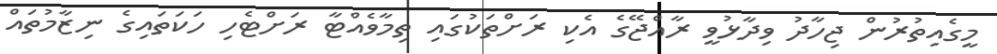
މީގެއިތުރުން ޖިހާދު ވިދާޅުވީ ރާއްޖޭގެ އެކި ރަށްތަކުގައި ތިމާވެއްޓާ ރަށްޓެހި ހަކަތައިގެ ނިޒާމުތައް